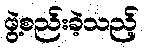
ဖွဲ့စည်းခဲ့သည့်